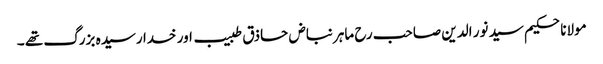
مولانا حکیم سید نور الدین صاحب رح ماہر نباض حاذق طبیب اور خدا رسیدہ بزرگ تھے ۔